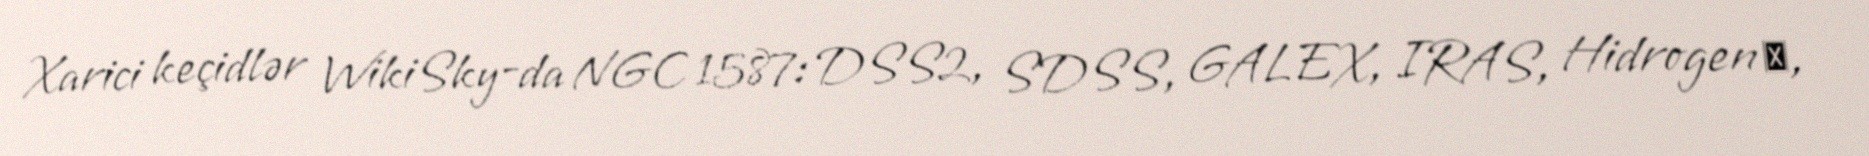
Xarici keçidlər WikiSky-da NGC 1587: DSS2, SDSS, GALEX, IRAS, Hidrogen α,